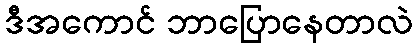
ဒီအကောင် ဘာပြောနေတာလဲ